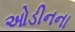
ઓડીનના